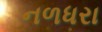
નળધરા